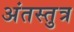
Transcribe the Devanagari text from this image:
अंतस्तुत्र